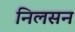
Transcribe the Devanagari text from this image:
निलसन